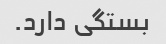
بستگی دارد.